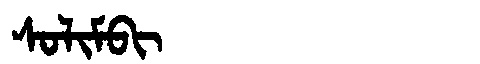
Manchu: ᠰᠣᠯᡳᠮᠪᡳ
Romanization: SOLIMBI